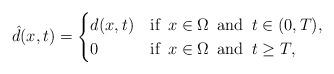
LaTeX: \begin{align*} \hat{d}(x,t)=\begin{cases} d(x,t) & \mbox{if }\,x\in\Omega\, \mbox{ and }\,t\in(0,T),\\ 0 &\mbox{if }\,x\in\Omega\, \mbox{ and }\,t\geq T, \end{cases}\end{align*}